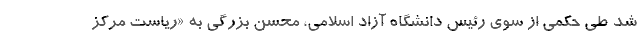
شد طی حکمی از سوی رئیس دانشگاه آزاد اسلامی، محسن بزرگی به «ریاست مرکز